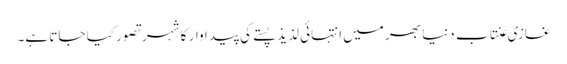
غازی عنتاب دنیا بھر میں انتہائی لذیذ پستے کی پیداوار کا شہر تصور کیا جاتا ہے۔